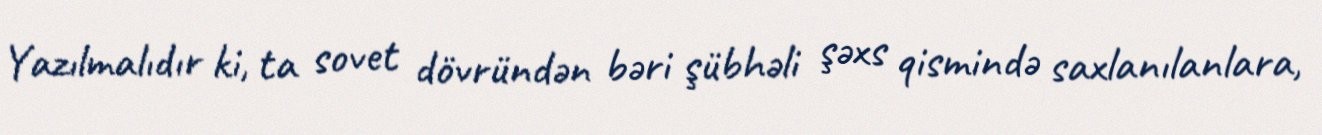
Yazılmalıdır ki, ta sovet dövründən bəri şübhəli şəxs qismində saxlanılanlara,